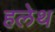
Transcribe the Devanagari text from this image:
हलेथ